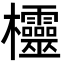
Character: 欞